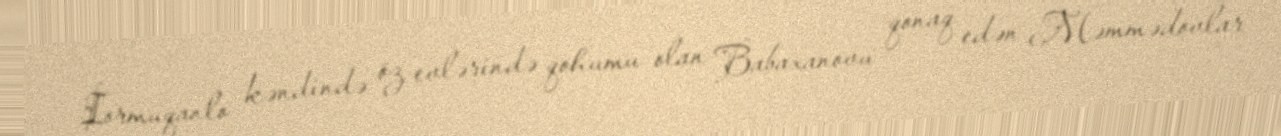
İormuqanlo kəndində öz evlərində qohumu olan Babaxanovu qonaq edən Məmmədovlar